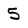
Character: 5